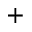
^ { + }